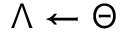
\Lambda \leftarrow \Theta